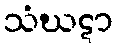
သံဃဋာ